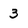
Character: 3